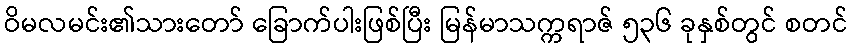
ဝိမလမင်း၏သားတော် ခြောက်ပါးဖြစ်ပြီး မြန်မာသက္ကရာဇ် ၅၃၆ ခုနှစ်တွင် စတင်